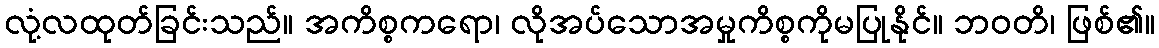
လုံ့လထုတ်ခြင်းသည်။ အကိစ္စကရော၊ လိုအပ်သောအမှုကိစ္စကိုမပြုနိုင်။ ဘဝတိ၊ ဖြစ်၏။